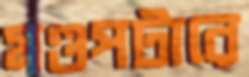
মণ্ডপটারে